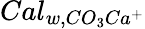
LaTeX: Cal_{w,CO_{3}Ca^{+}}